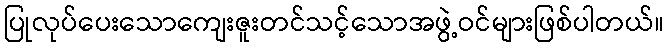
ပြုလုပ်ပေးသောကျေးဇူးတင်သင့်သောအဖွဲ့ဝင်များဖြစ်ပါတယ်။